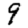
Digit: 9